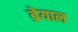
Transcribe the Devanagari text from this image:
ब्रेयाल